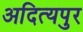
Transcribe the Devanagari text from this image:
अदित्यपुर